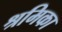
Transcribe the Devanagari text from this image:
श्रमिका